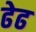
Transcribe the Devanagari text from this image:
ढेढ